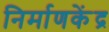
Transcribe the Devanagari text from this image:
निर्माणकेंद्र